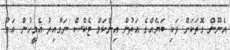
އެނޫން ގޮތަކަށް ވަކި ބަޔެއްގެ އަތުން އިންކަމް ޓެކްސް ނަގާއިރު އެމީހުން އަގު